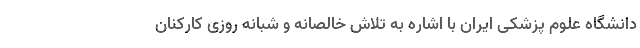
دانشگاه علوم پزشکی ایران با اشاره به تلاش خالصانه و شبانه روزی کارکنان